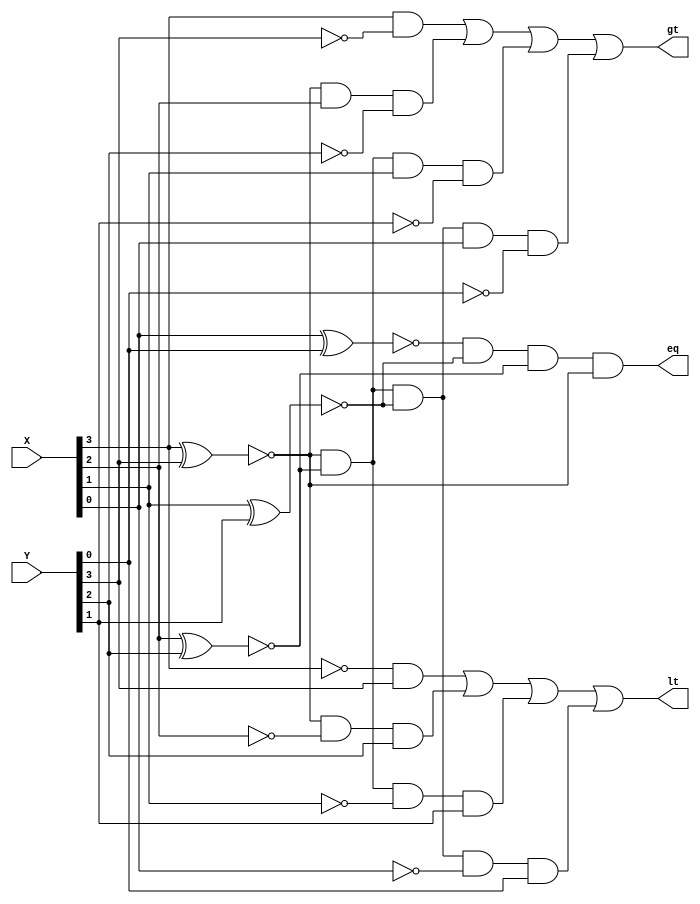
`timescale 1ns / 1ps
module comparator (X,Y,lt,gt,eq);
input [3:0] X,Y;
output lt,gt,eq;

assign eq = (~(X[0] ^ Y[0])) & (~(X[1] ^ Y[1])) & (~(X[2] ^ Y[2])) & (~(X[3] ^ Y[3]));
assign lt = ((~X[3]) & Y[3]) |
		((~(X[3] ^ Y[3])) & (~X[2]) & Y[2]) |
		((~(X[3] ^ Y[3])) & (~(X[2] ^ Y[2])) & (~X[1]) & Y[1]) |
		((~(X[3] ^ Y[3])) & (~(X[2] ^ Y[2])) & (~(X[1] ^ Y[1])) & (~X[0]) & Y[0]);
assign gt = (X[3] & (~Y[3])) |
		((~(X[3] ^ Y[3])) & X[2] & (~Y[2])) |
		((~(X[3] ^ Y[3])) & (~(X[2] ^ Y[2])) & X[1] & (~Y[1])) |
		((~(X[3] ^ Y[3])) & (~(X[2] ^ Y[2])) & (~(X[1] ^ Y[1])) & X[0] & (~Y[0]));
endmodule